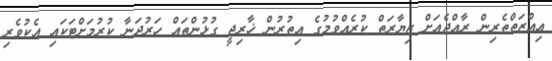
ޢިއްޒަތްތެރިން ރާއްޖެއަށް ޒިޔާރަތް ކުރެއްވުމުގެ އިތުރުން ޚާރިޖީ ގުޅުންތައް ހަރުދަނާ ކުރުމަށްޓަކައި އެކުވެރި